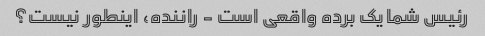
رئیس شما یک برده واقعی است - راننده، اینطور نیست؟